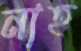
নাহ